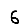
Digit: 6